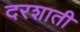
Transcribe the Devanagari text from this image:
दरशाती